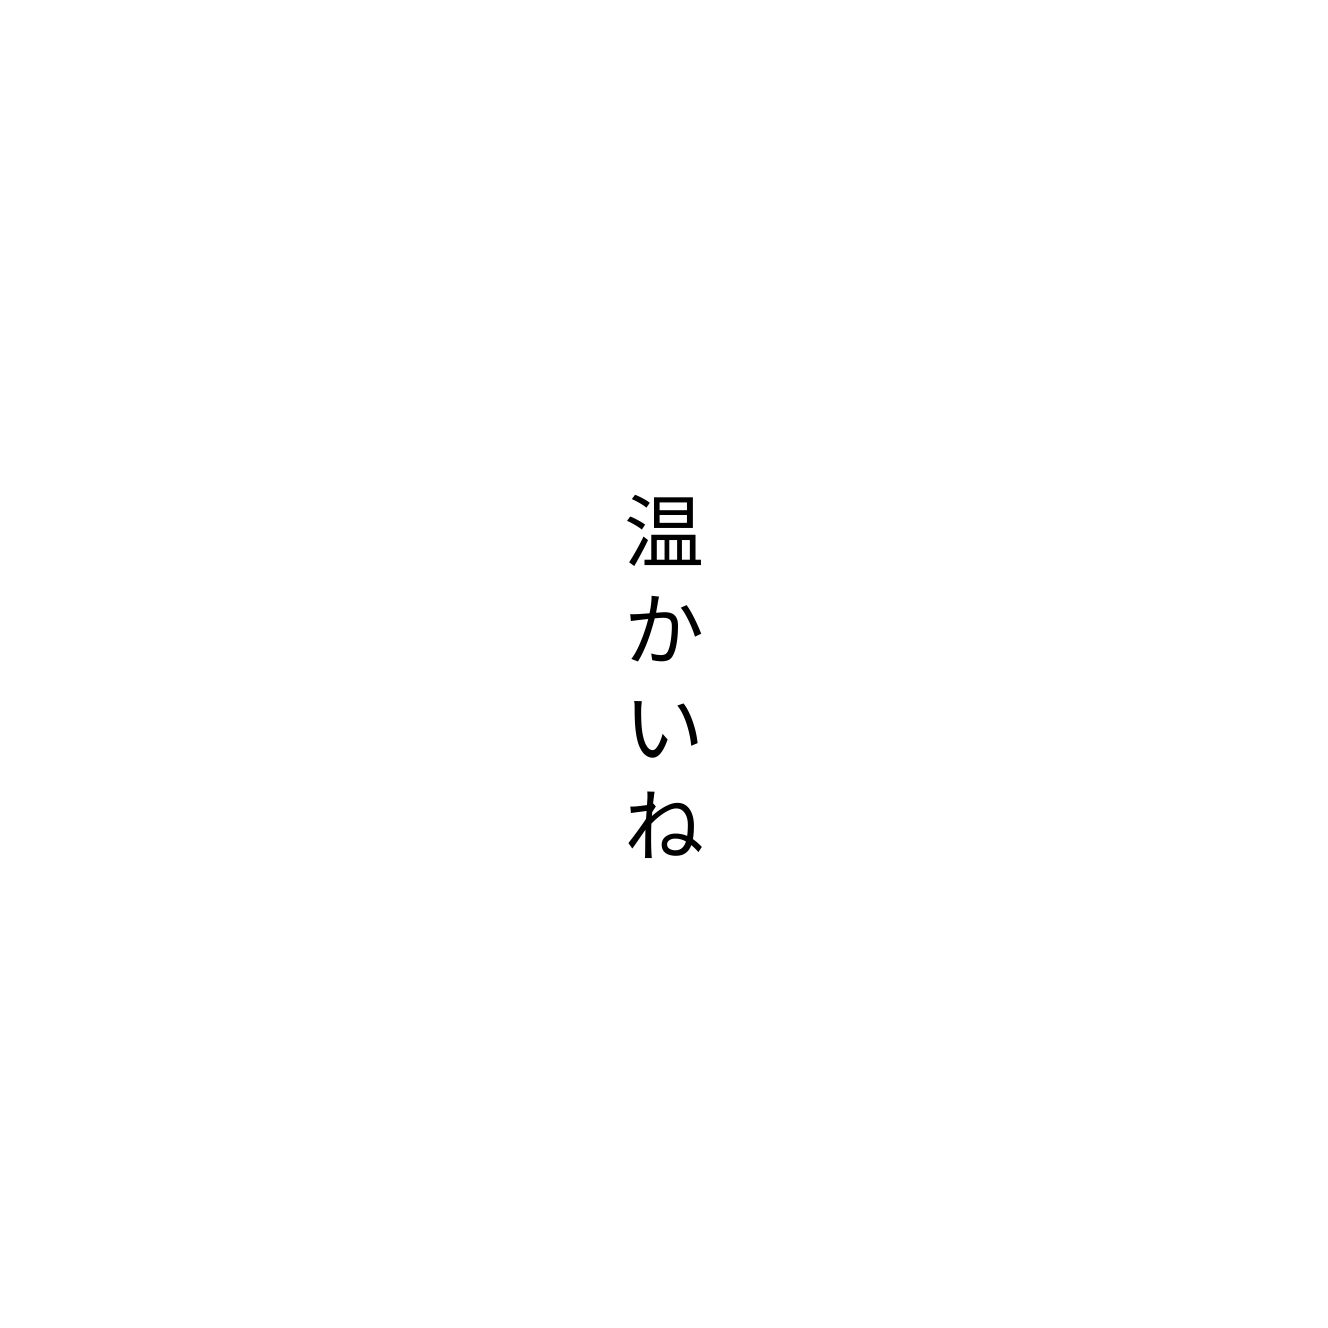
温かいね